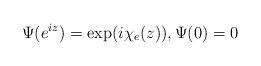
LaTeX: \begin{align*}\Psi(e^{iz}) = \exp(i \chi_e(z)), \Psi(0)=0\end{align*}